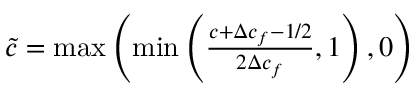
\begin{array} { r } { \tilde { c } = \operatorname* { m a x } \left( \operatorname* { m i n } \left( \frac { c + \Delta c _ { f } - 1 / 2 } { 2 \Delta c _ { f } } , 1 \right) , 0 \right) } \end{array}